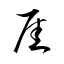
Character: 厓